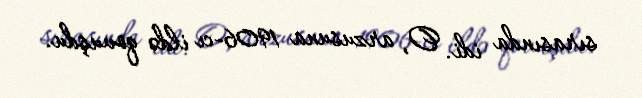
sırasında idi. O, arzusuna 1906-cı ildə qovuşdu.